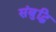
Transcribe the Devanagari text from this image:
संबुद्धि